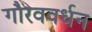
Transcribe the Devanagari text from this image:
गौरववर्धन